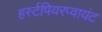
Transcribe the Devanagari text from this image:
हर्स्टपियरप्वायंट